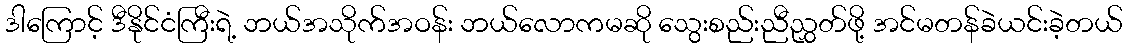
ဒါကြောင့် ဒီနိုင်ငံကြီးရဲ့ ဘယ်အသိုက်အဝန်း ဘယ်လောကမဆို သွေးစည်းညီညွှတ်ဖို့ အင်မတန်ခဲယင်းခဲ့တယ်